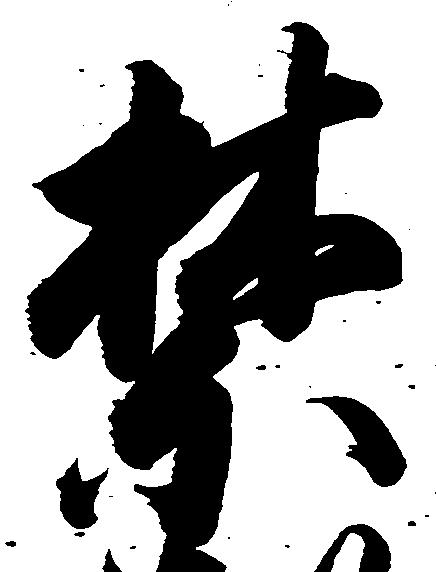
禁